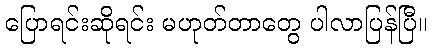
ပြောရင်းဆိုရင်း မဟုတ်တာတွေ ပါလာပြန်ပြီ။